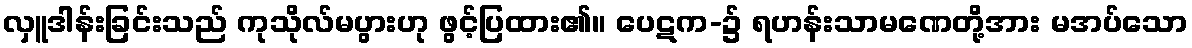
လှူဒါန်းခြင်းသည် ကုသိုလ်မပွားဟု ဖွင့်ပြထား၏။ ပေဋက-၌ ရဟန်းသာမဏေတို့အား မအပ်သော